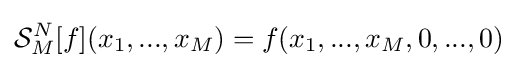
{\mathcal {S}}_{M}^{N}[f](x_{1},...,x_{M})=f(x_{1},...,x_{M},0,...,0)